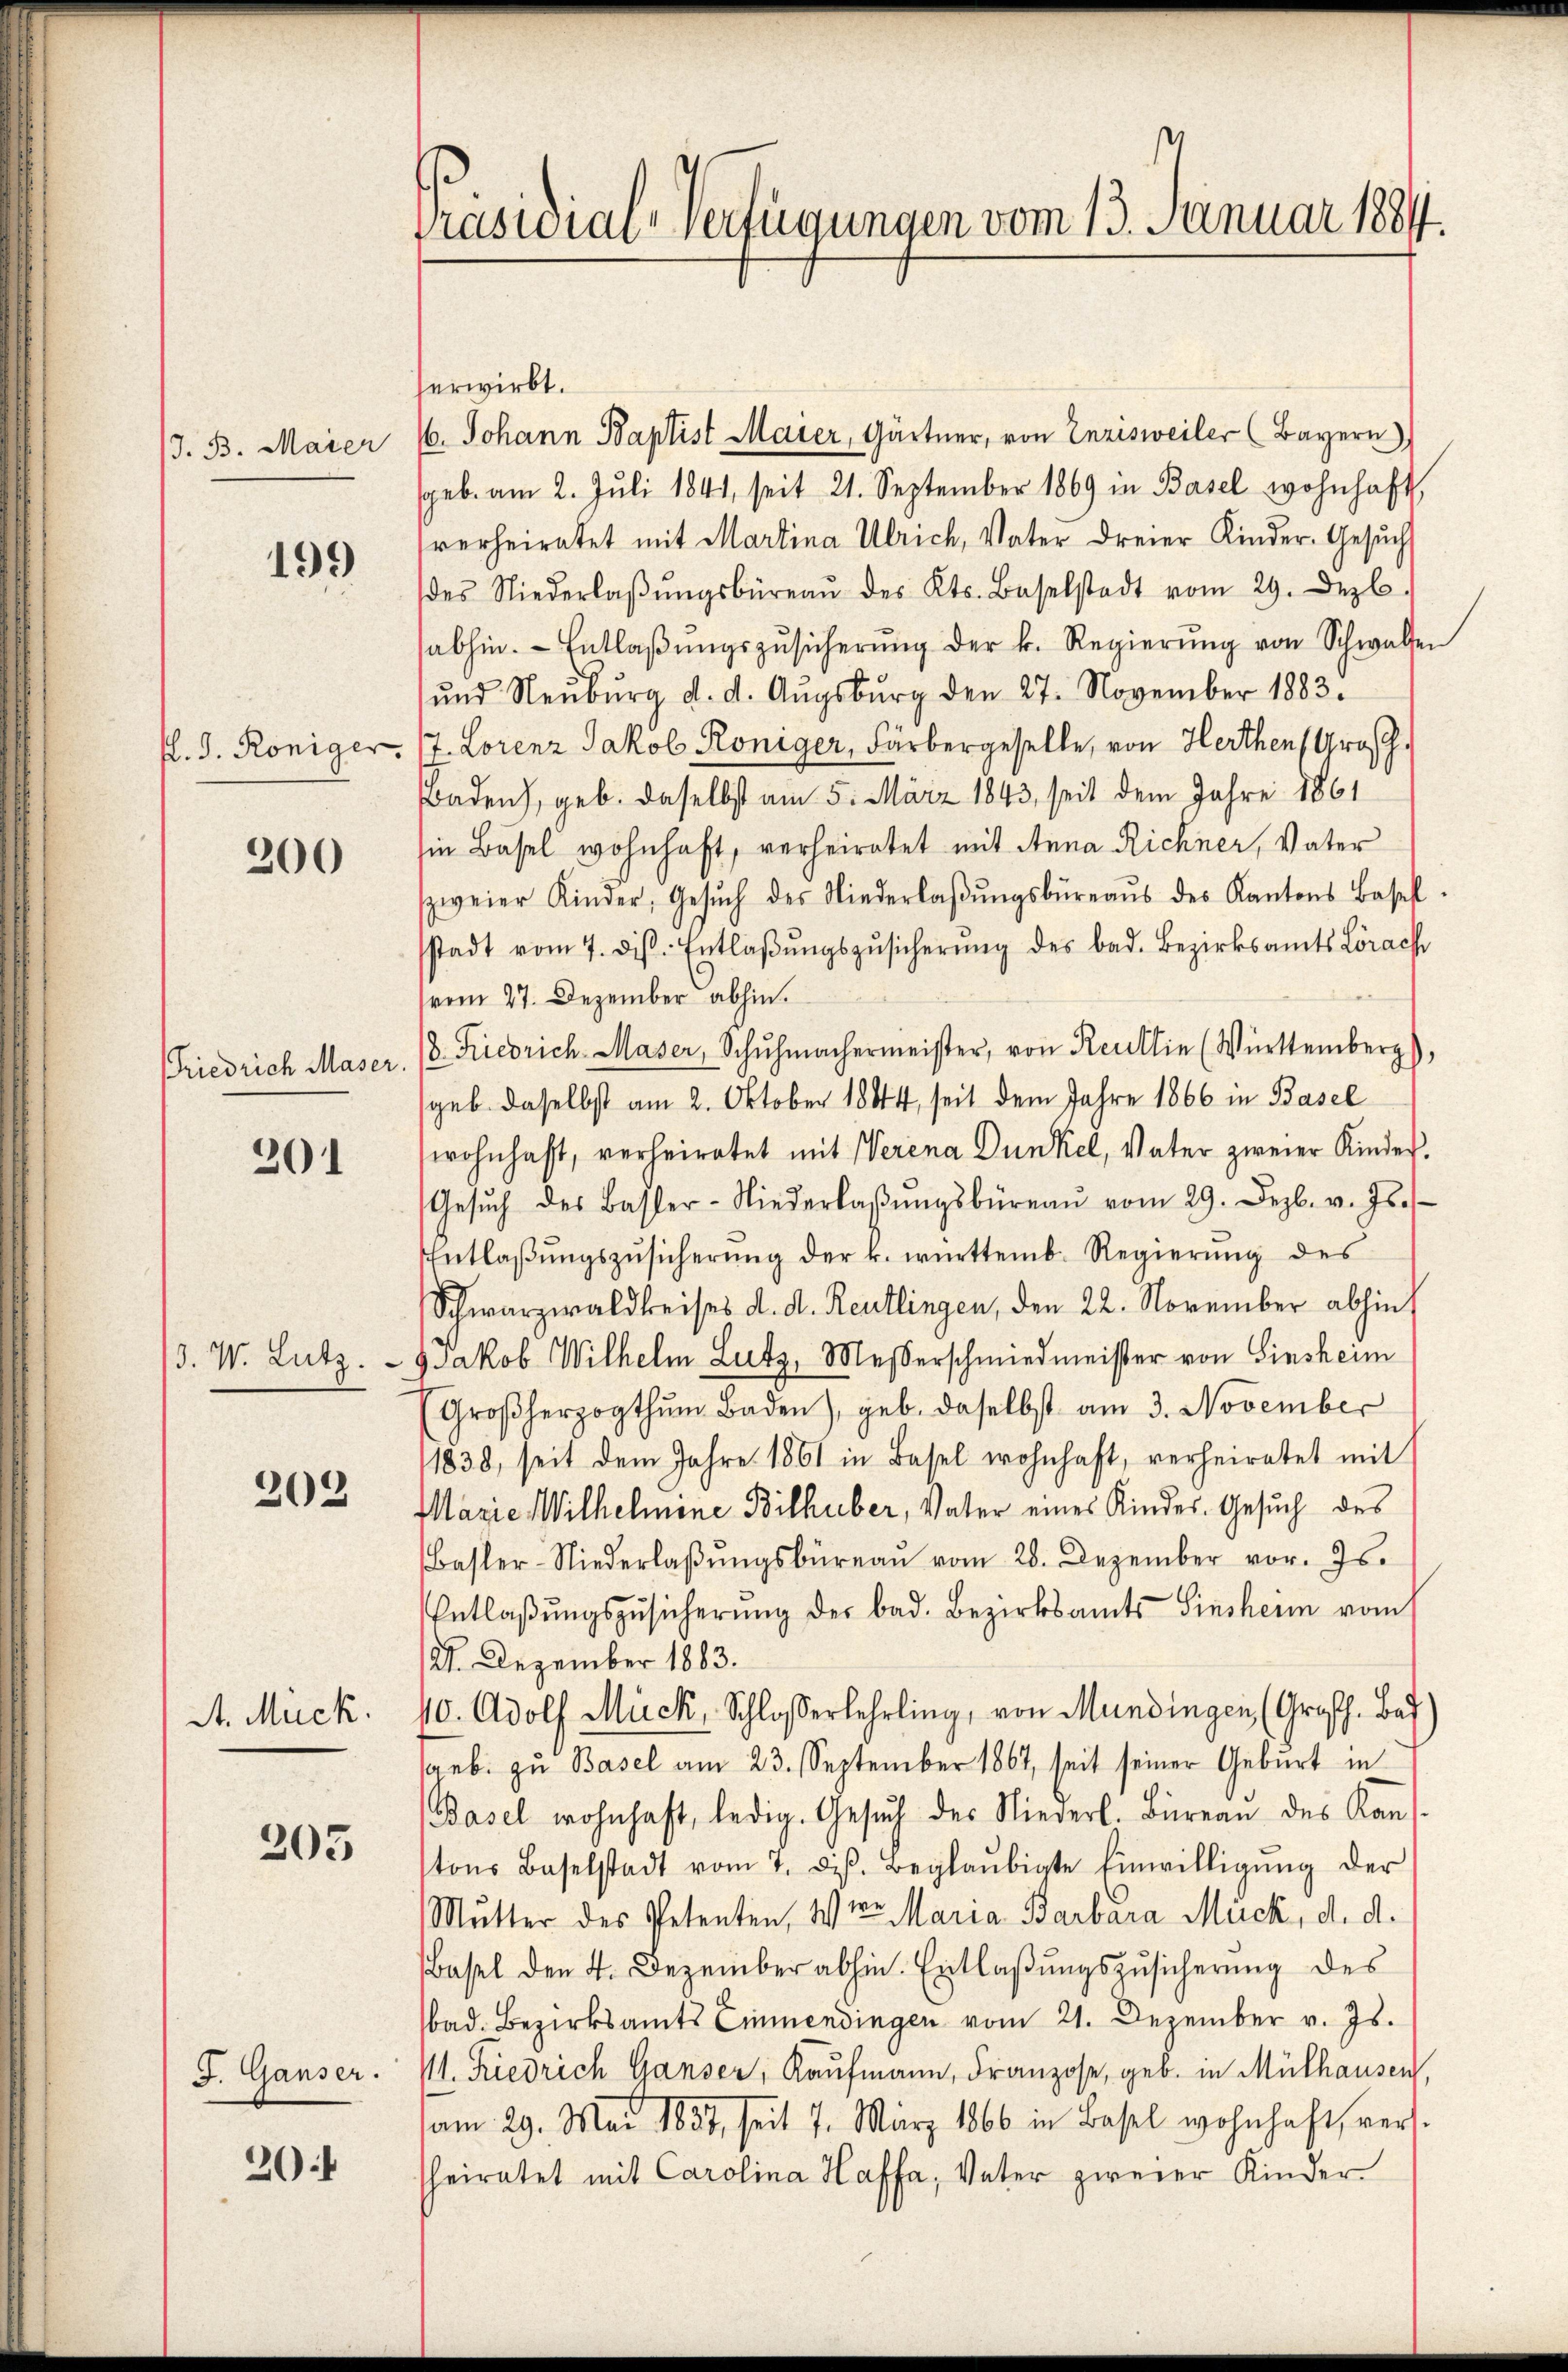
J. B. Maier

199)

P. G. Königer.

200

Friedrich Maser.

201

. W. Lutz.

202

St. Mück.

205

F. Gauser.

20

Präsidial-Verfügungen vom 13. Januar 1884.

erwirbt.
/6. Johann Baptist Maier, Gärtner, von Enzisweiler (Bayern)
geb. am 2. Juli 1841, seit 21. September 1869 in Basel wohnhaft
verheiratet mit Martina Ulrich, Vater dreier Kinder. Gesuch
des Niederlaβŭngsbüreaŭ des Kts. Baselstadt vom 29. Dezb.
sabhin. Entlaβŭngszŭsicherŭng der k. Regierŭng von Schwalser
ŭnd Neŭbŭrg d. d. Aŭgsbŭrg den 27. November 1883.
7. Lorenz Jakob Königer, Färbergeselle, von Herthen Grosch.
Baden), geb. daselbst am 5. März 1843, seit dem Jahre 1861
sie Basel wohnhaft, verheiratet mit Anna Richner, Vater
zweier Kinder, Gesŭch des Niederlaβŭngsbüreaŭs des Kantons Basell
sstadt vom 7. ds. Entlaβŭngszŭsicherŭng des bad. Bezirksamts Lörach
vom 27. Dezember abhin.
8. Friedrich-Maser, Schŭhmachermeister, von Reutlin (Württemberg),
geb. daselbst am 2. Oktober 1884, seit dem Jahre 1866 in Basel
wohnhaft, verheiratet mit Werena Dünkel, Vater zweier Kinder
Gesŭch des Basler-Niederlaβŭngsbüreaŭ vom 29. Dezb. v. Js.
Entlaβŭngszŭsicherŭng der k. württemb. Regierŭng des
Schwarzwaldbeises d. d. Reutlingen, den 22. November abhin
Jakob Wilhelm Lutz, Messerschmiedmeister von Sinsheim
Groβherzogthum Baden), geb. daselbst am 3. November
1838, seit dem Jahre 1861 in Basel wohnhaft, verheiratet mit
Marie Wilhelmine Bilhuber, Vater eines Kindes. Gesuch des
Basler-Niederlaβŭngsbüreaŭ vom 28. Dezember vor. Js.
Entlaβŭngszŭsicherŭng der bad. Bezirksamts Sinsheim vom
2. Dezember 1883.
10. Adolf Mück, Schlosserlehrling, von Mundingen (Großh. Bad
aeb. zu Basel am 23. September 1867, seit seiner Geburt in
Basel wohnhaft, ledig. Gesŭch des Niederl. Büreaŭ des Kan
tons Baselstadt vom 7. diβ. Beglaŭbigte Einwilligŭng der
Mutter des Petenten, Wien Maria Barbara Mück, d. d.
Basel den 4. Dezember abhin. Entlaßungszusicherung des
bad. Bezirksamts Einmendingen vom 21. Dezember v. Js.
M. Friedrich Ganser, Kaufmann, Franzose, geb. in Mülhausen,
am 29. Mai 1837, seit 7. März 1866 in Basel wohnhaft, vers.
heiratet mit Carolina Haffa, Vater zweier Kinder